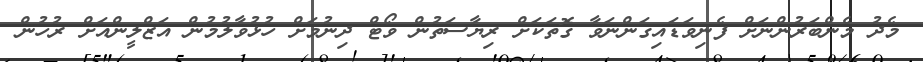
މެދު މެންބަރުންނަށް ފެނިވަޑައިގަންނަވާ ގޮތަކަށް ރިޔާސަތުން ވޯޓް ދިނުމަށް ހުޅުވާލުމުން އަޒްލީންއަށް ރުހުން